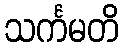
သင်္ကမတိ